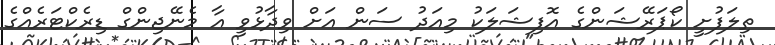
ތިލަފުށީ ކޯޕަރޭޝަންގެ އޮފިޝަލަކު މިއަދު ސަން އަށް ވިދާޅުވީ އާ މެނޭޖިންގް ޑިރެކްޓަރެއްގެ